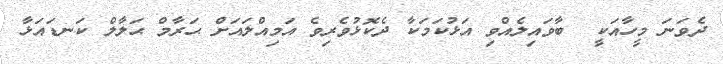
ދެވަނަ މީހާއަކީ  ބާވައިލެއްވި އަޅުކަމަކާ ދެކޮޅުވެރިވެ އަމިއްލައަށް ޙަރާމް ޙަލާލް ކަނޑައަޅާ